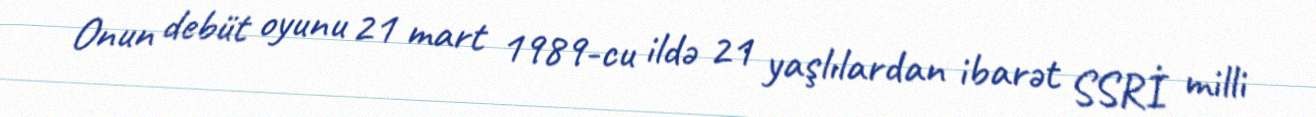
Onun debüt oyunu 21 mart 1989-cu ildə 21 yaşlılardan ibarət SSRİ milli